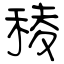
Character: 稜